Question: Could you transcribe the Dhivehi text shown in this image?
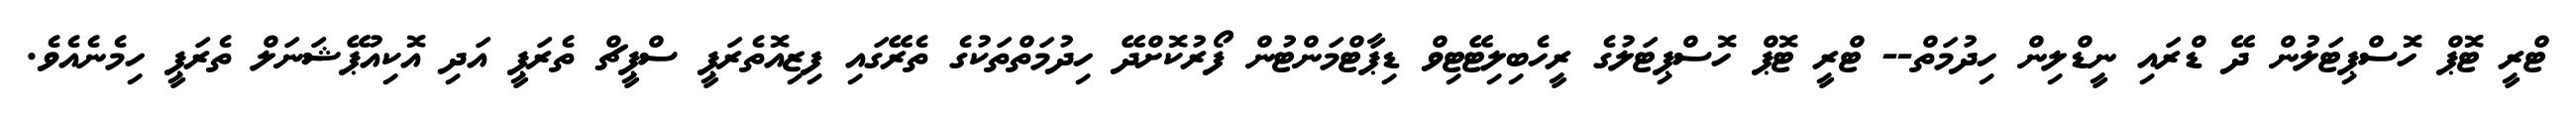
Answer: ޓްރީ ޓޮޕް ހޮސްޕިޓަލުން ދޭ ޑްރައި ނީޑްލިން ހިދުމަތް-- ޓްރީ ޓޮޕް ހޮސްޕިޓަލުގެ ރީހެބިލިޓޭޓިވް ޑިޕާޓްމަންޓުން ފޯރުކޮށްދޭ ހިދުމަތްތަކުގެ ތެރޭގައި ފިޒިއޮތެރަޕީ ސްޕީޗް ތެރަޕީ އަދި އޮކިއުޕޭޝަނަލް ތެރަޕީ ހިމެނެއެވެ.